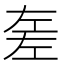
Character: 𢀡